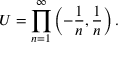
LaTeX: U = \prod _ { n = 1 } ^ { \infty } \left( - { \frac { 1 } { n } } , { \frac { 1 } { n } } \right) .